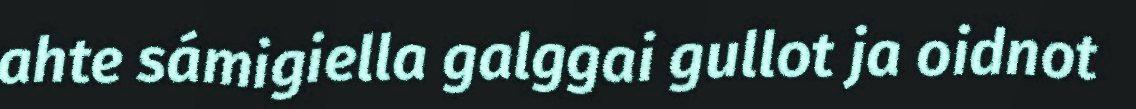
ahte sámigiella galggai gullot ja oidnot